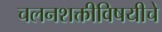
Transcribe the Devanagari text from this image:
चलनशक्तीविषयीचे